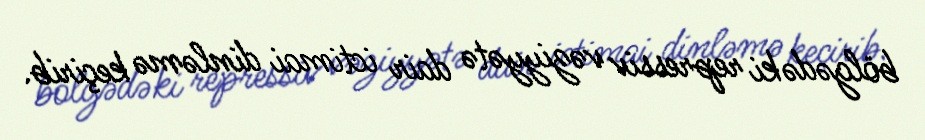
bölgədəki repressiv vəziyyətə dair ictimai dinləmə keçirib.